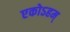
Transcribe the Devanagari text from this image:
एकोऽहम्